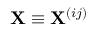
\mathbf { X } \equiv \mathbf { X } ^ { ( i j ) }